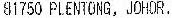
81750 PLENTONG,JOHOR.